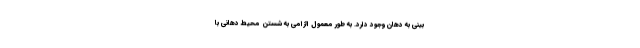
بینی به دهان وجود دارد. به‌ طور معمول الزامی به شستن محیط دهانی با